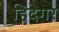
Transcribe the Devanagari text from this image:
हिदेगर